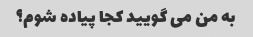
به من می گویید کجا پیاده شوم؟